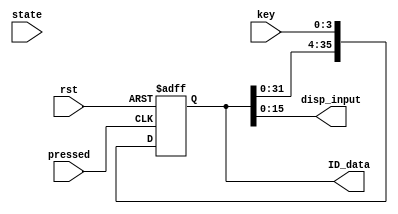
`timescale 1ns / 1ps
//////////////////////////////////////////////////////////////////////////////////
// Company: 
// Engineer: 
// 
// Design Name: 
// Module Name:    input_controll 
// Project Name: 
// Target Devices: 
// Tool versions: 
// Description: 
//
// Dependencies: 
//
// Revision: 
// Revision 0.01 - File Created
// Additional Comments: 
//
//////////////////////////////////////////////////////////////////////////////////
module input_controll(
	rst,
	key,
	pressed,
	state,
	ID_data,
	disp_input
);

	input rst;
	input [3:0] key;
	input pressed;
	input state;
	output reg [35:0] ID_data;
	output [15:0] disp_input;

	always @(posedge pressed or posedge rst) begin
		if (rst) begin
			ID_data <= 36'd0;
		end
		else if (pressed)
		begin
			ID_data[35:32] <= ID_data[31:28];
			ID_data[31:28] <= ID_data[27:24];
			ID_data[27:24] <= ID_data[23:20];
			ID_data[23:20] <= ID_data[19:16];
			ID_data[19:16] <= ID_data[15:12];
			ID_data[15:12] <= ID_data[11:8];
			ID_data[11:8] <= ID_data[7:4];
			ID_data[7:4] <= ID_data[3:0];
			ID_data[3:0] <= key;
		end
		else
		begin
			ID_data <= ID_data;
		end
	end

	assign disp_input = ID_data[15:0];


endmodule